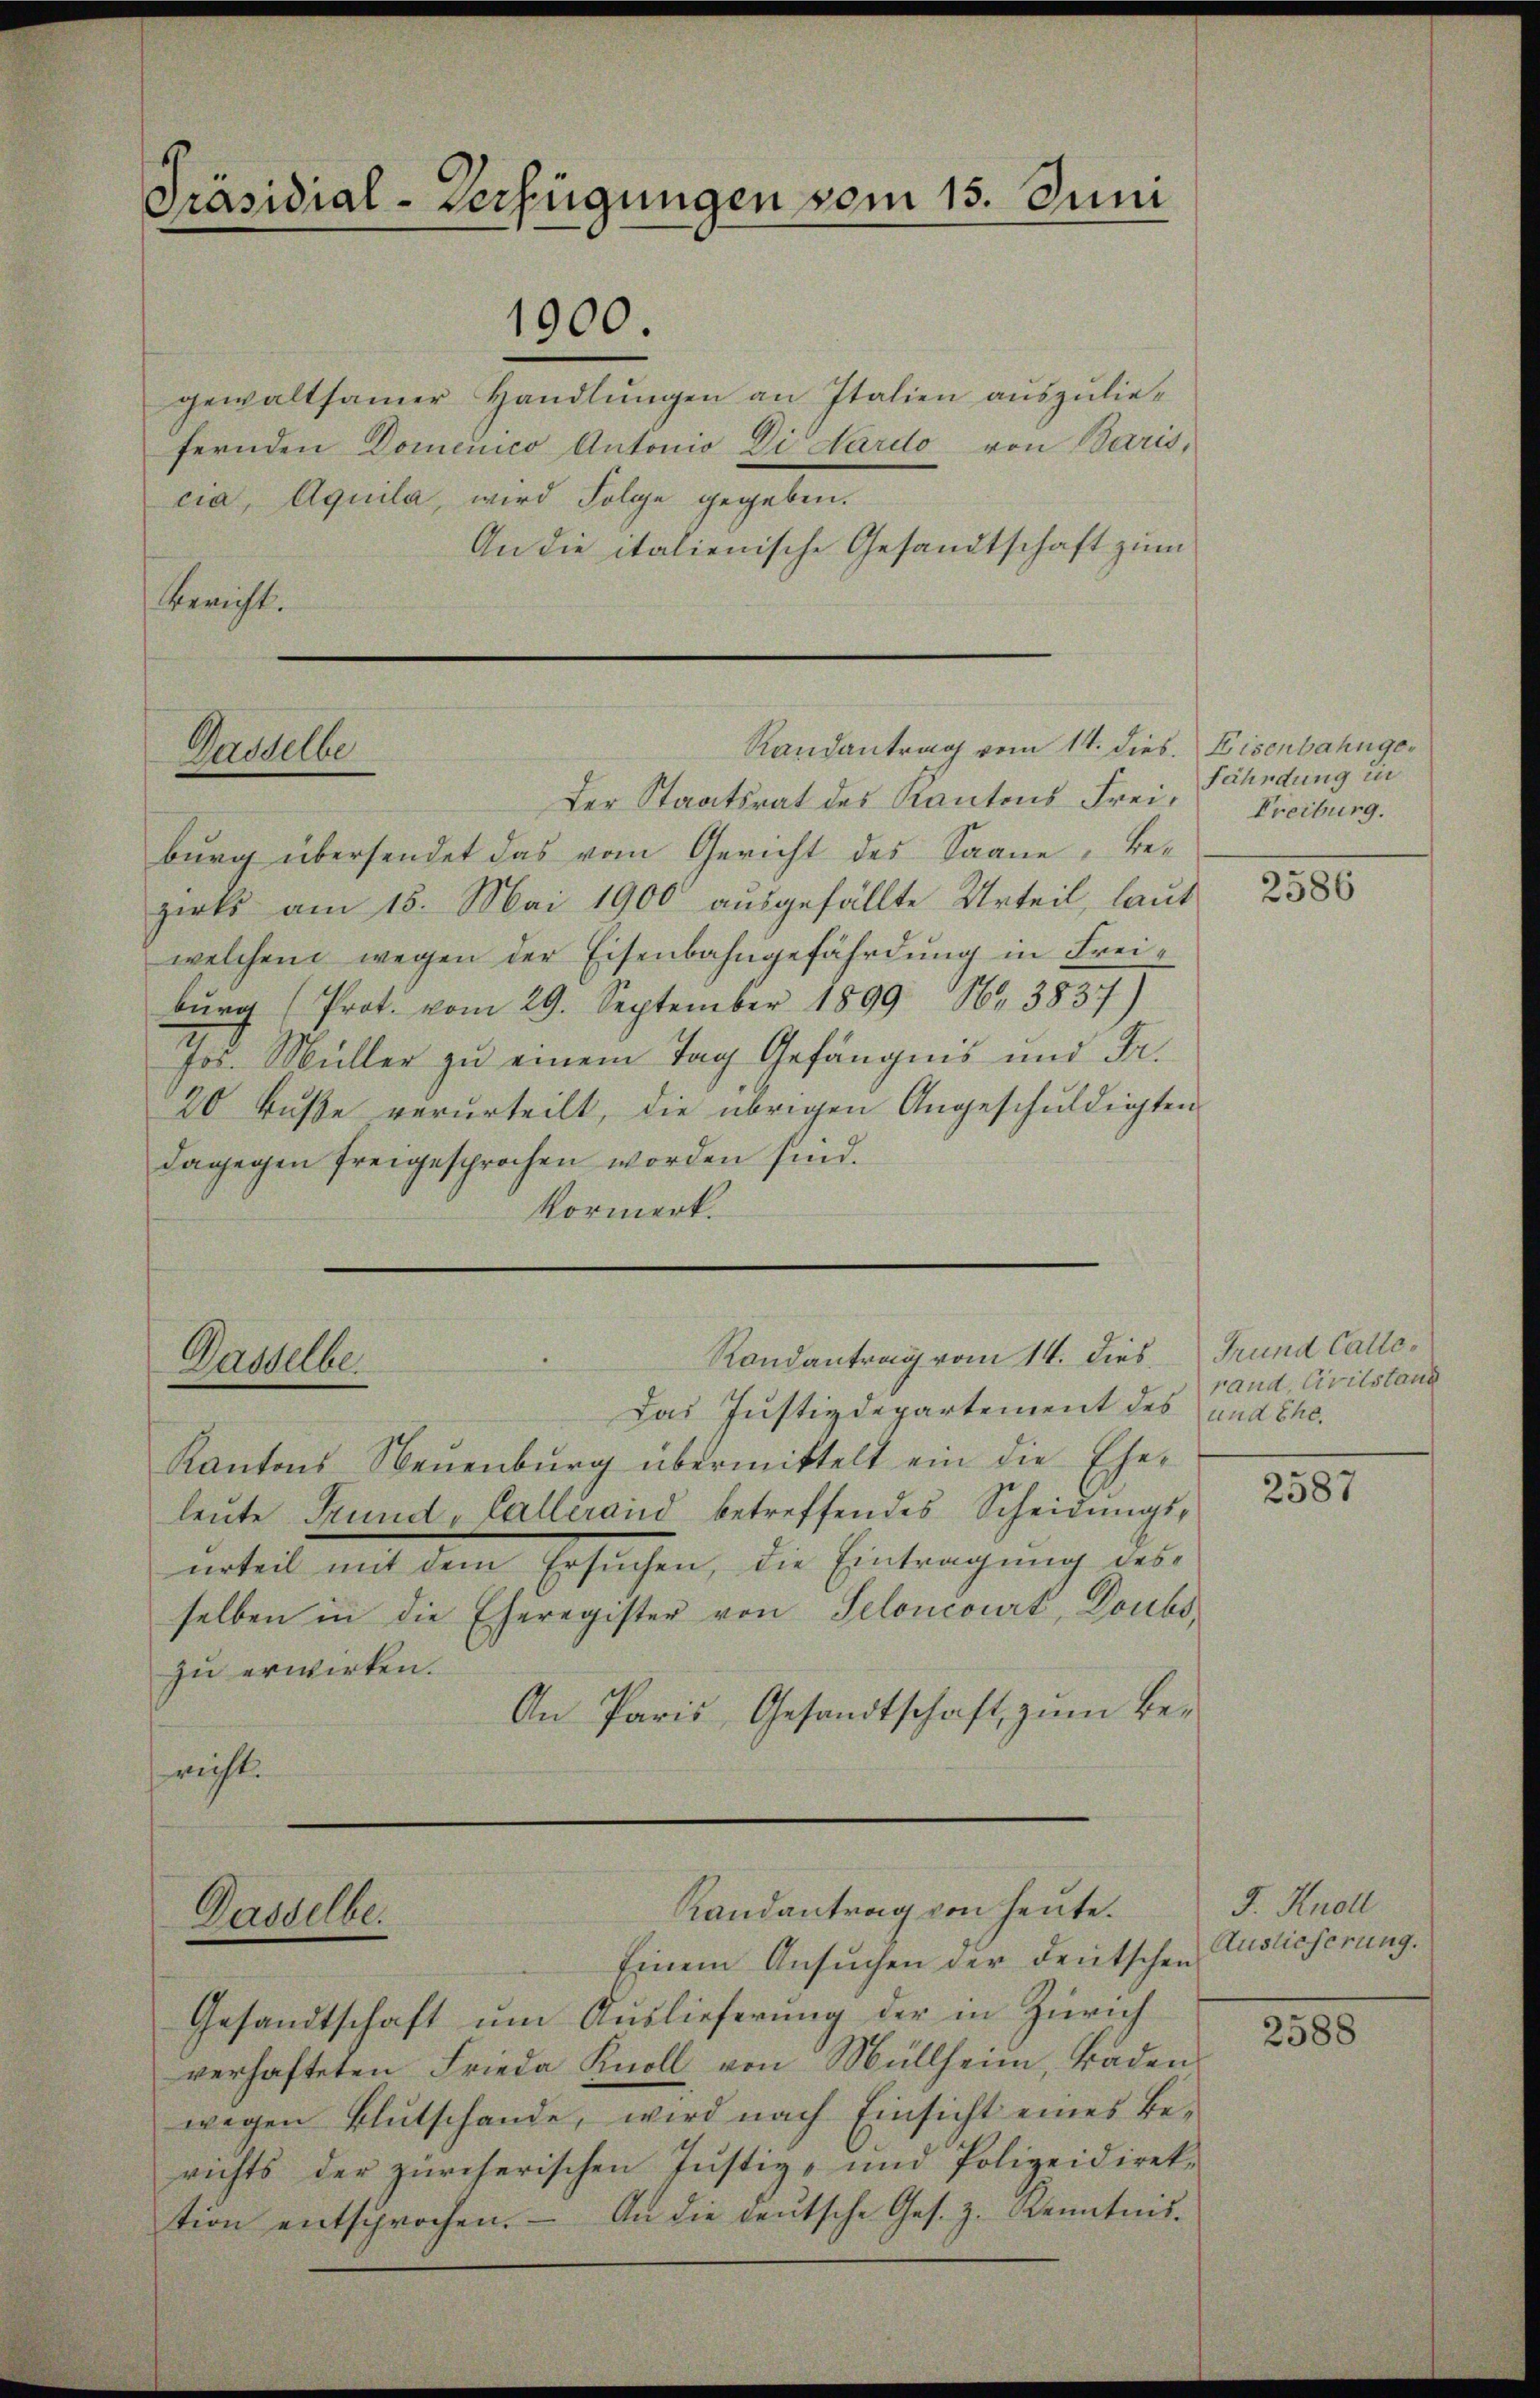
Präsidial-Verfügungen vom 15. Juni
1900.

gewaltsamer Handlungen an Italien auszuliefernden Domenico Antonio Di Hardo von Baris,
cia, Aquila, wird Folge gegeben.
An die italienische Gesandtschaft zum
Bericht.

Der Staatsrat des Kantons Freiburg übersendet das vom Gericht des Saane, be-
zirks am 15. Mai 1900 ausgefällte Urteil, laut
welchem wegen der Eisenbahngefährdŭng in Frei-
burg (Prot. vom 29. September 1899 164. 3837)
Jos. Müller zu einem Tag Gefängnis und Fr.
20 Fuße verurteilt, die übrigen Angeschuldigten
dagegen freigesprochen worden sind.
Vormerk.

Paddelbe

Randantrag vom 14. dies. Eisenbahnge¬

Randantrag vom 14. dies Grund Calle¬
Dasselbe.
Das Justizdepartement des und Ehe.

Kantons Neuenburg übermittelt ein die Ehe-
leute Grund-Callerand betreffendes Scheidungsurteil mit dem Ersuchen, die Eintragung desselben in die Eheregister von Seloncourt, Doubs
zu erwirken.
An Paris, Gesandtschaft zum Be-
richt.

Randantrag von heute.
Dasselbe.
Einem Ansuchen der deutschen Auslieferung.

Gesandtschaft um Auslieferung der in Zürich
verhafteten Frieda Knoll von Müllheim, Baden
wegen Blutschande, wird nach Einsicht eines Be-
richts der zürcherischen Justiz- und Polizeidirek-
tion entsprochen. An die Leŭtsche Ges. z. Kenntnis.

Fähndung in
Freiburg.

2586

rand, Civilstand

2587

F. Knoll

2588